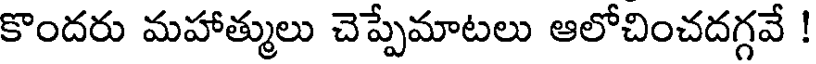
కొందరు మహాత్ములు చెప్పేమాటలు ఆలోచించదగ్గవే !